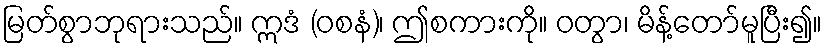
မြတ်စွာဘုရားသည်။ ဣဒံ (ဝစနံ)၊ ဤစကားကို။ ဝတွာ၊ မိန့်တော်မူပြီး၍။